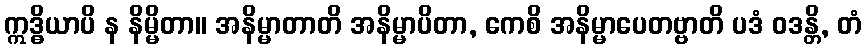
ဣဒ္ဓိယာပိ န နိမ္မိတာ။ အနိမ္မာတာတိ အနိမ္မာပိတာ, ကေစိ အနိမ္မာပေတဗ္ဗာတိ ပဒံ ဝဒန္တိ, တံ